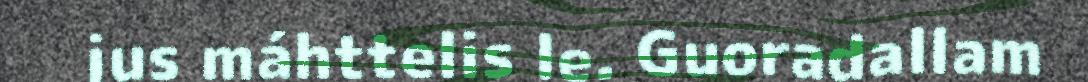
jus máhttelis le. Guoradallam